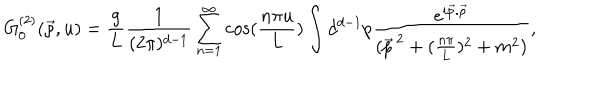
LaTeX: G _ { 0 } ^ { ( 2 ) } ( \vec { \rho } , u ) = \frac { g } { L } \frac { 1 } { ( 2 \pi ) ^ { d - 1 } } \sum _ { n = 1 } ^ { \infty } \cos ( \frac { n \pi u } { L } ) \int d ^ { d - 1 } p \frac { e ^ { i \vec { p } . \vec { \rho } } } { ( \vec { p } ^ { \, 2 } + ( \frac { n \pi } { L } ) ^ { 2 } + m ^ { 2 } ) } ,